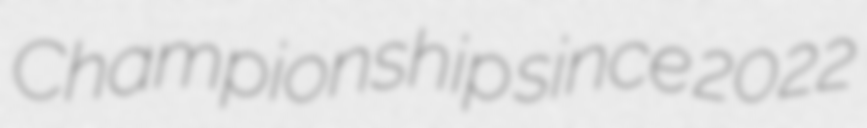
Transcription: Championship since 2022